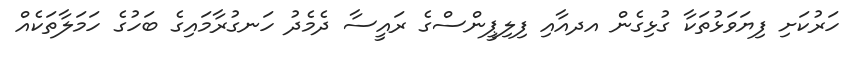
ހަރުކަށި ފިޔަވަޅުތަކާ ގުޅިގެން އދއާއި ފިލިޕީންސްގެ ރައީސާ ދެމެދު ހަނގުރާމައިގެ ބަހުގެ ހަމަލާތަކެއް